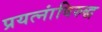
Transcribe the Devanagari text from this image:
प्रयत्‍नांविरुद्ध